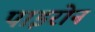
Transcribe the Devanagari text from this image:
पाइरोन